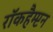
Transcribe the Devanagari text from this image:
रॉकहैम्प्टन